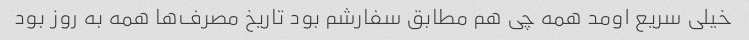
خیلی سریع اومد همه چی هم مطابق سفارشم بود تاریخ مصرف‌ها همه به روز بود